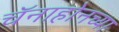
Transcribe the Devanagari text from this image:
चॅनाहोनच्या